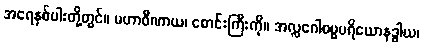
အရေနှစ်ပါးတို့တွင်။ မဟာဝီဏာယ၊ စောင်းကြီးကို။ အလ္လဂေါစမ္မပရိယောနဒ္ဓါယ၊